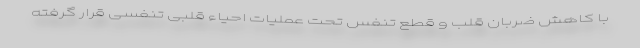
با کاهش ضربان قلب و قطع تنفس تحت عملیات احیاء قلبی تنفسی قرار گرفته